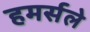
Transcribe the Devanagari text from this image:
हमर्सले